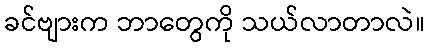
ခင်ဗျားက ဘာတွေကို သယ်လာတာလဲ။